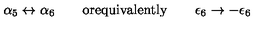
\alpha _ { 5 } \leftrightarrow \alpha _ { 6 } \quad \quad \mathrm { o r e q u i v a l e n t l y } \quad \quad \epsilon _ { 6 } \rightarrow - \epsilon _ { 6 }